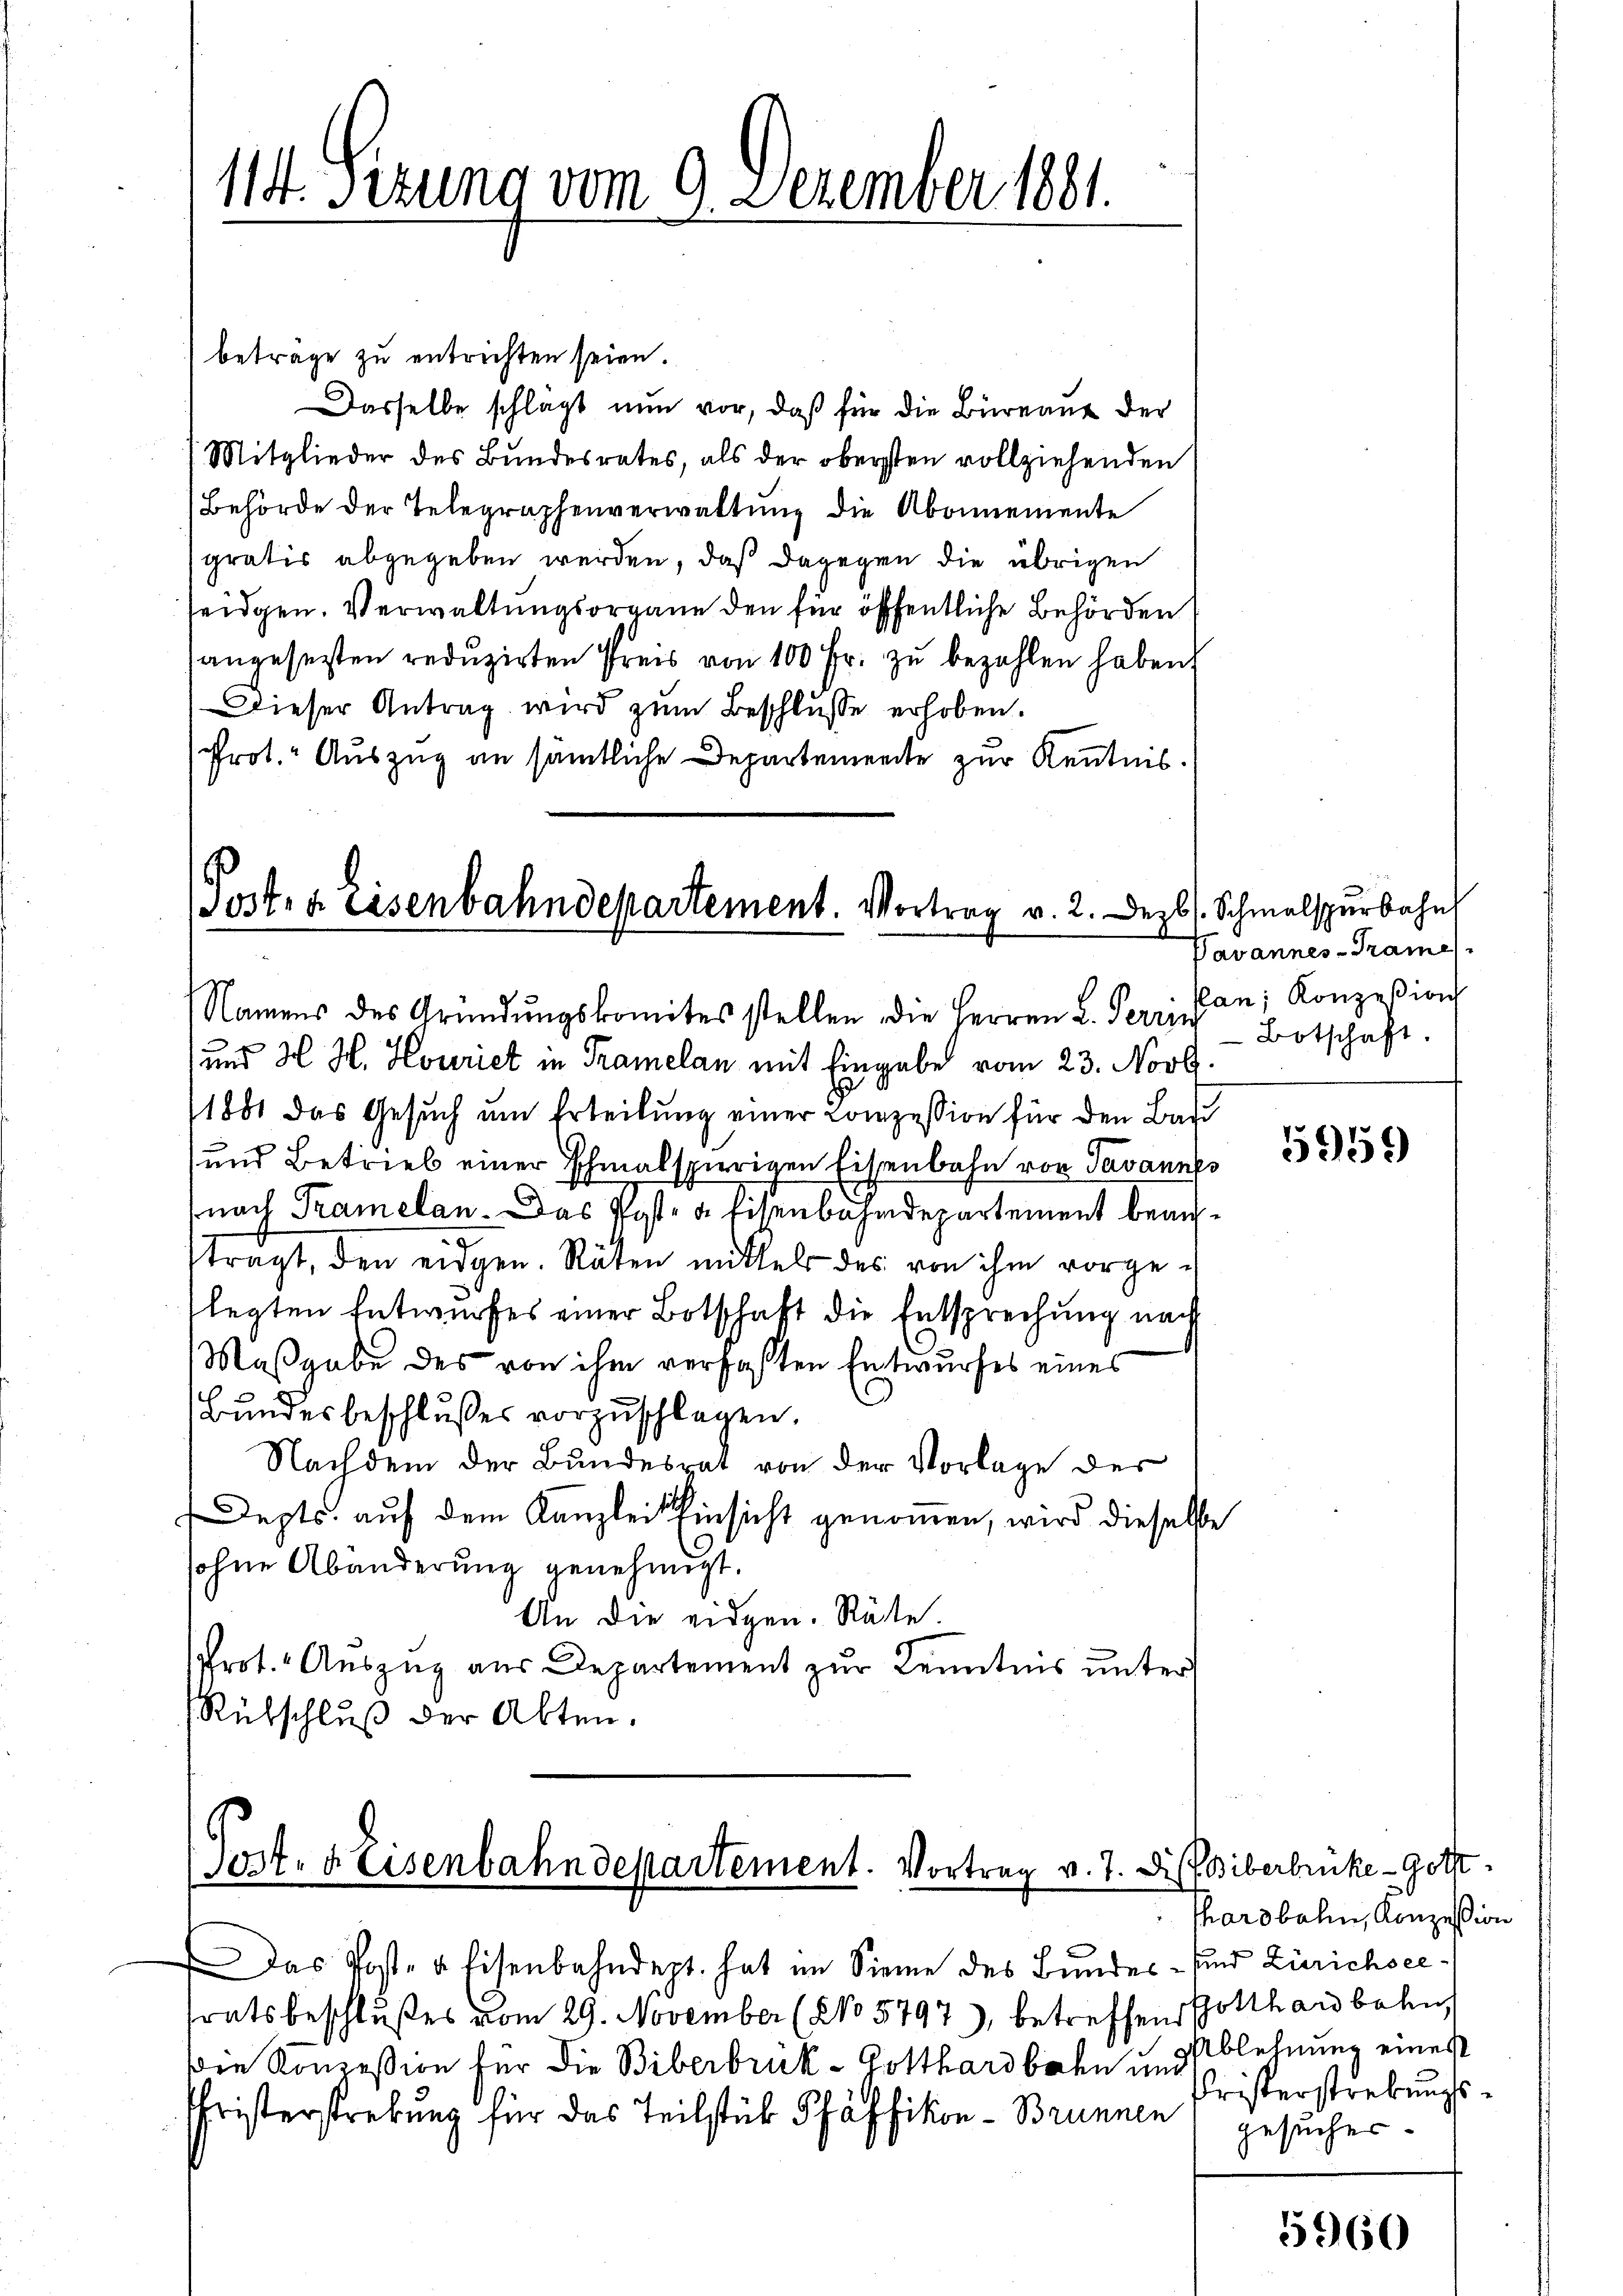
114. Sizung vom 9. Dezember 1881.

betrage zu entrichten seien.
Dasselbe schlagt nun vor, daß für die Büreaus der
Mitglieder des Bundesrates, als der obersten vollziehenden
Behörde der Telegraphenverwaltung die Abonnemente
gratis abgegeben werden, daß dagegen die übrigen
teidgen. Verwaltungsorgane den für öffentliche Behörden
angesetzten reduzirten Preis von 100 Fr. zŭ bezahlen haben.
Dieser Antrag wird zum Beschlusse erhoben.
Prot. Auszug an sämtliche Departemente zur Kenntnis.

Post- u. Eisenbahndepartement. Vortrag v. 2. Dezb
Namens des Gründungskomites stellen, die Herren L. Perri

)und H. H. Houriet in Tramelan mit Eingabe vom 23. Novb.
1881 das Gesuch um Erteilung einer Conzession für den Bau
und Betrieb einer Ihmalspierigen Eisenbahn von Javannes
nach Tramelan. Das Post- & Eisenbahndepartement beauftragt, den eidgen. Räten mittel des von ihm vorgelegten Entwurfes einer Botschaft die Entsprechung nach
Maßgabe des von ihm verfaßten Entwurfes eines
Bundesbeschlußes vorzuschlagen.
Nachdem der Bundesrat von der Vorlage des
Depts. auf dem Kanzlei Einsicht genommen, wird dieselbe
sohne Abänderung genehmigt.
An die eidgen. Rätte.
Prot. Auszug aus Departement zur Kenntnis unter
Rütschluß der Akten.

Sost. 8 Eisenbahndepartement. Vortrag v. 7. Die Biberbrücke - Gott

Das Post- & Eisenbahndept. hat im Sieme des Bundes- und Zürichseetratsbeschlußes vom 29. November (NNo 5797), betreffend Gotthardbahn
Die Konceßion für die Biberbruk - Gotthardbahn und
Christerstrebung für das Teilstük Pfäffikon - Brunnen

. Schmalspurbahn
Pavannes-Trame
Pan; Konzesion
Botschaft.

5959

Phardbahn, Konzession
Ablehnung einest
Fristerstrebungsgesucher.

5960